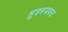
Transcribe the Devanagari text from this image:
लुइसजवळ